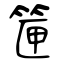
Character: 筪